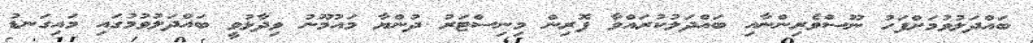
ބައްދަލުވުމަށްފަހު ނޫސްވެރިންނާއި ބައްދަލުކުރައްވާ ފޮރިން މިނިސްޓަރު ދުންޔާ މައުމޫނު ވިދާޅުވީ ބައްދަލުވުމުގައި މައިގަނޑު